Annual administration report of the Civil Veterinary Department of India - 1901-1902
Year: 1901
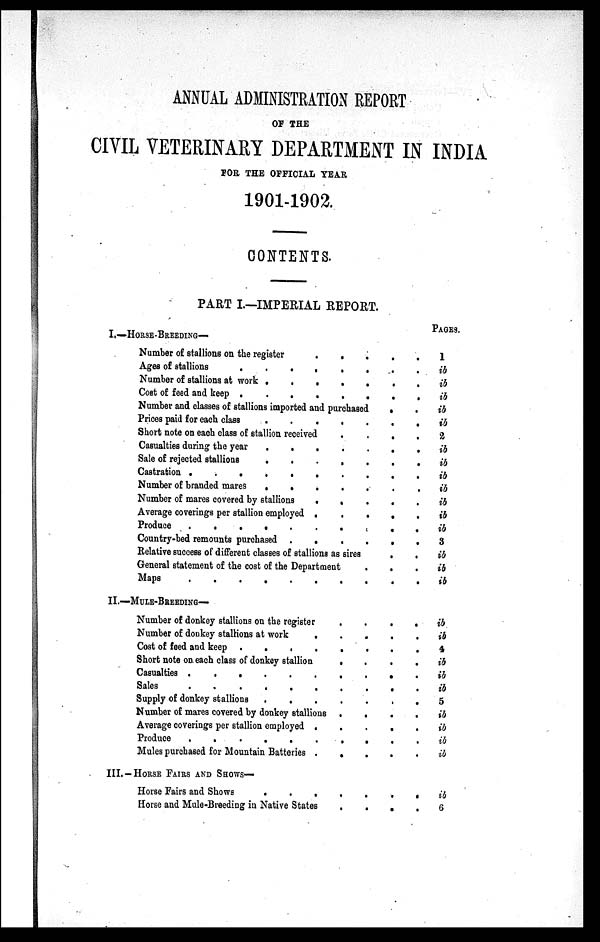
ANNUAL ADMINISTRATION REPORT
OF THE
CIVIL VETERINARY DEPARTMENT IN INDIA
FOR THE OFFICIAL TEAR
1901-1902.
CONTENTS.
PART I.—IMPERIAL REPORT.
PAGES.
I.—HORSE-BREEDING—
Number of stallions on the register
.
.
.
.
.
Ages of stallions
.
.
.
.
.
.
Number of stallions at work . . . . . . . . . .
Cost of feed and keep
........
Number and classes of stallions imported and purchased
.
.
Prices paid for each class
.
.
.
.
.
.
.
.
Short note on each class of stallion received
.
.
.
.
Casualties during the year . . . . . . . . . .
Sale of rejected stallions . . . . . . . . . .
Castration
.
.
.
.
.
.
.
.
.
.
Number of branded mares . . . . . . . . . .
Number of mares covered by stallions . . . . . . . . . .
Average coverings per stallion employed . . . . . . . . . .
Produce
.
.
.
.
.
.
.
.
.
.
Country-bed remounts purchased . . . . . . . . . .
Relative success of different classes of stallions as sires
.
.
General statement of the cost of the Department
.
.
Maps
.
.
.
.
.
.
.
.
.
1
ib
ib
ib
ib
ib
2
ib
ib
ib
ib
ib
ib
ib
3
ib
ib
ib
II.—MULE-BREDEDING—
Number of donkey stallions on the register
.
.
.
.
Number of donkey stallions at work
.
.
.
.
.
Cost of feed and keep .
. . . . .
Short note on each class of donkey stallion
.
.
.
.
Casualties
.
.
.
.
.
.
.
.
.
.
Sales
.
.
.
.
.
.
.
.
.
.
Supply of donkey stallions . . . . . . . . . .
Number of mares covered by donkey stallions
.
.
.
.
Average coverings per stallion employed
.
.
.
.
.
Produce
.
.
.
.
.
.
.
.
Mules purchased for Mountain Batteries . . . . . . . . .
ib
ib
4
ib
ib
ib
5
ib
ib
ib
ib
III.-HORSE FAIRS AND SHOWS—
Horse Fairs and Shows . . . . . . . . . .
Horse and Mule-Breeding in Native States
.
.
.
.
ib
6